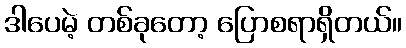
ဒါပေမဲ့ တစ်ခုတော့ ပြောစရာရှိတယ်။